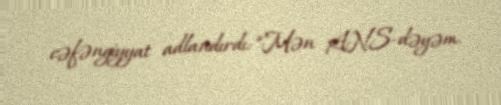
cəfəngiyyat adlandırdı: “Mən ANS-dəyəm.